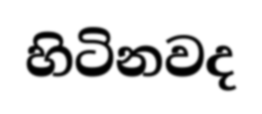
හිටිනවද